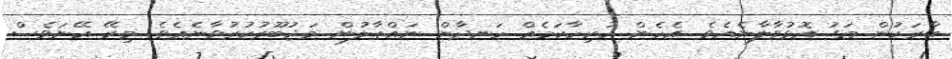
ބާރަކުން މަގު އޮޅުވާލާނެއެވެ. އެހެން ހުރިހާކަމެއް ހަނދާން ނައްތާލުން މަޖުބޫރުކުރުވާނެއެވެ. މިރޭ އޭނަވެސް